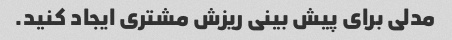
مدلی برای پیش بینی ریزش مشتری ایجاد کنید.